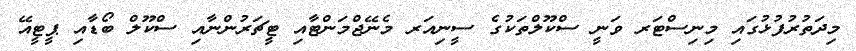
މިދަތުރުފުޅުގައި މިނިސްޓަރ ވަނީ ސްކޫލްތަކުގެ ސީނިއަރ މެނޭޖްމަންޓާއި ޓީޗަރުންނާއި ސްކޫލް ބޯޑާއި ޕީޓީއޭ